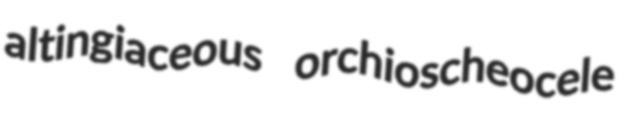
altingiaceous orchioscheocele